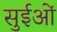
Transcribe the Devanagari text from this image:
सुईओं